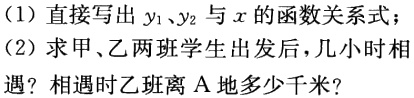
(1) 直接写出\(y_1\)、\(y_2\)与\(x\)的函数关系式；
(2) 求甲、乙两班学生出发后，几小时相遇？相遇时乙班离\(A\)地多少千米？